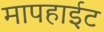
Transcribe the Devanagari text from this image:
मापहाईट